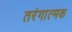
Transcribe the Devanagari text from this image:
तरंगात्मक